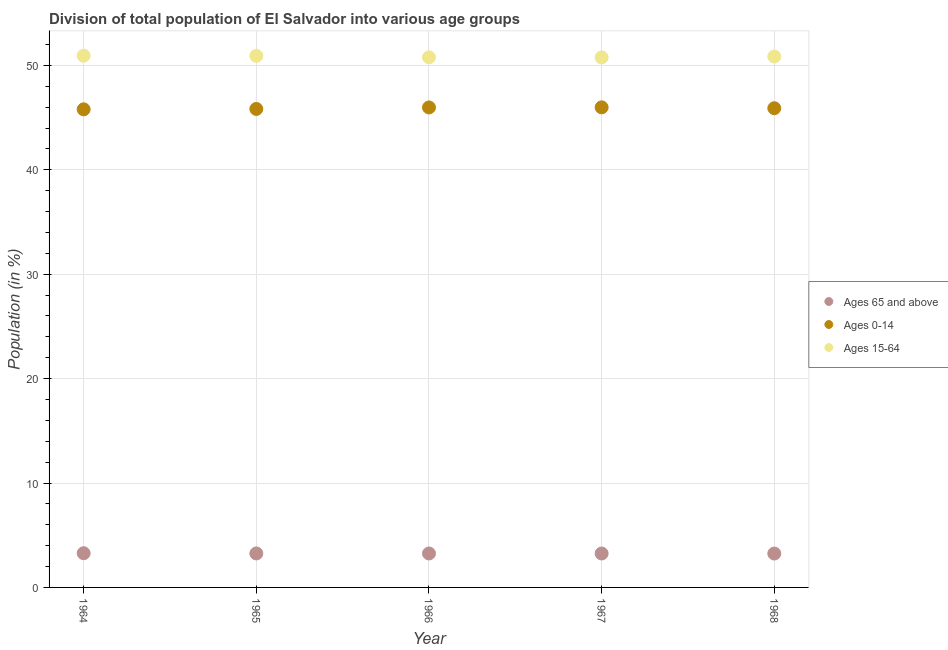
| Year | Ages 65 and above | Ages 0-14 | Ages 15-64 |
 | --- | --- | --- | --- |
 | 1964 | 3.28 | 45.8 | 50.9 |
 | 1965 | 3.26 | 45.8 | 50.9 |
 | 1966 | 3.25 | 46 | 50.8 |
 | 1967 | 3.25 | 46 | 50.8 |
 | 1968 | 3.24 | 45.9 | 50.9 |